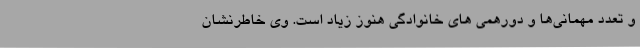
و تعدد مهمانی‌ها و دورهمی های خانوادگی هنوز زیاد است. وی خاطرنشان